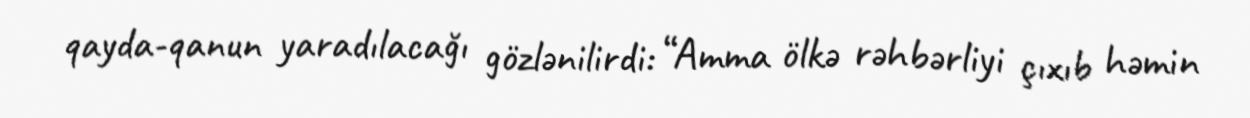
qayda-qanun yaradılacağı gözlənilirdi: “Amma ölkə rəhbərliyi çıxıb həmin